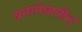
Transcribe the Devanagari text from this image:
बनानेवालीश्